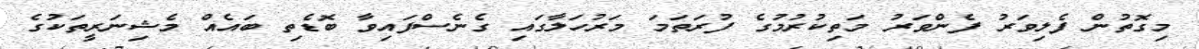
މިގޮތުން ފެލިވަރު ފެންވަރު މަތިކުރުމުގެ ފުރަތަމަ މަރުހަލާގައި ގެނެސްފައިވާ ބޮޑެތި ބައެއް މެޝިނަރީތަކުގެ